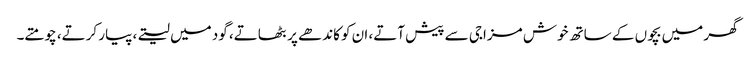
گھر میں بچوں کے ساتھ خوش مزاجی سے پیش آتے، ان کو کاندھے پر بٹھاتے، گود میں لیتے، پیار کرتے، چومتے۔